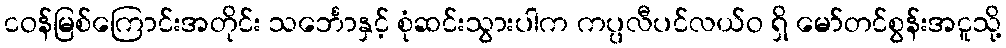
ငဝန်မြစ်ကြောင်းအတိုင်း သင်္ဘောနှင့် စုံဆင်းသွားပါက ကပ္ပလီပင်လယ်ဝ ရှိ မော်တင်စွန်းအငူသို့